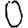
Digit: 0